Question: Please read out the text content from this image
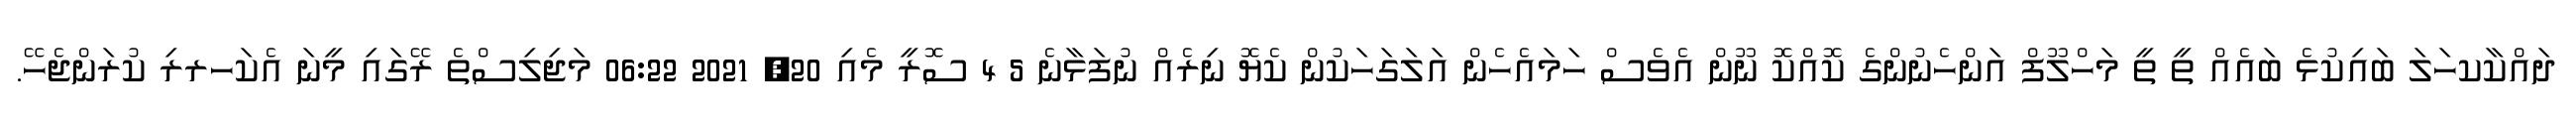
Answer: ދައްކާކހަލަ ބައިކުޅެ ބައެއް ތީ ތީ މަހްލޫފް އަންހެނުންގެ ކޮއްކޮ ނޫން އެވެސް ހަމައެހެން އަލަގަހަކުން ކެޔޮ ނިރެއް ނުފަޅާނެ 5 4 ސޮރީ މެއި 20, 2021 06:22 މަޖިލިސްތެ ރޭގައި މީނަ އެކަހރރި ކުރަންޖެހޭ.